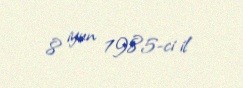
8 iyun 1985-ci il